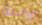
الإثنتان